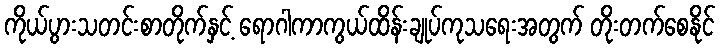
ကိုယ်ပွားသတင်းစာတိုက်နှင့် ရောဂါကာကွယ်ထိန်းချုပ်ကုသရေးအတွက် တိုးတက်စေနိုင်